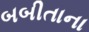
બબીતાના